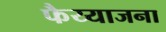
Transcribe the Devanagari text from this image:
फैय्याजना